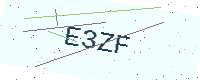
Text: E3ZF